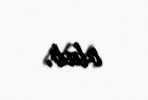
olub.